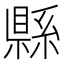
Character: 縣